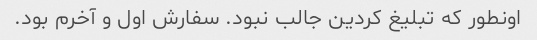
اونطور که تبلیغ کردین جالب نبود. سفارش اول و آخرم بود.